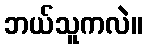
ဘယ်သူကလဲ။